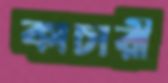
কাচারী